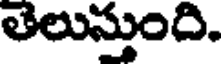
తెలుస్తుంది.